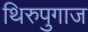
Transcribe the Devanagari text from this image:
थिरुपुगाज